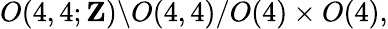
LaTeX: O(4,4;{\mathbf Z})\backslash O(4,4)/O(4)\times O(4),